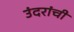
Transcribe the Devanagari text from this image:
उंदरांची